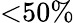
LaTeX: \textless 50\%